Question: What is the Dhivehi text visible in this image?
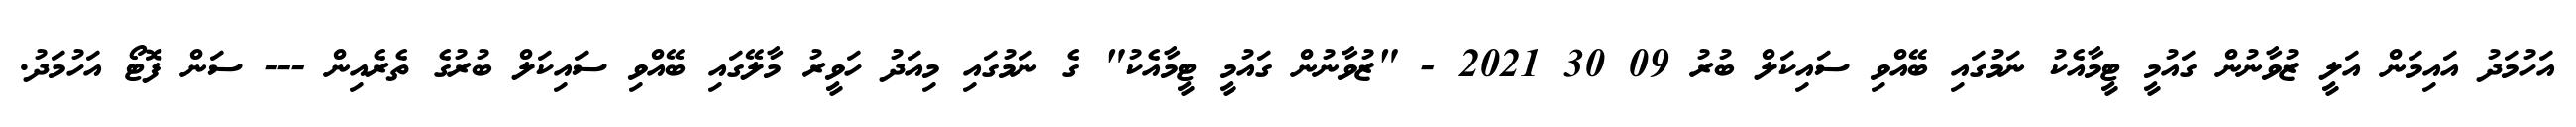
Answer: އަހުމަދު އައިމަން އަލީ ޒުވާނުން ގައުމީ ޓީމާއެކު ނަމުގައި ބޭއްވި ސައިކަލް ބުރު 09 30 2021 - "ޒުވާނުން ގައުމީ ޓީމާއެކު" ގެ ނަމުގައި މިއަދު ހަވީރު މާލޭގައި ބޭއްވި ސައިކަލް ބުރުގެ ތެރެއިން --- ސަން ފޮޓޯ އަހުމަދު.